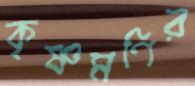
কৃষ্ণমণির